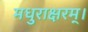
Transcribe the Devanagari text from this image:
मधुराक्षरम्‌।